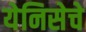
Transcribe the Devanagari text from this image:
येनिसेचे